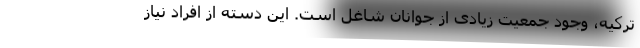
ترکیه، وجود جمعیت زیادی از جوانان شاغل است. این دسته از افراد نیاز